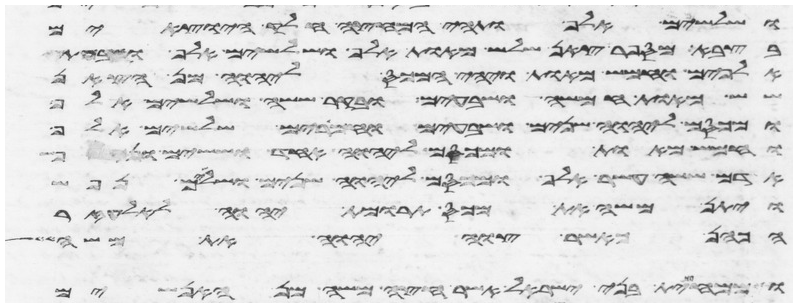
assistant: ושלשים אלף ותהי המחצה חלק היוצאים
בצבא מספר צאן שלש מאות אלף ושלשים אלף ושבעת
אלפים וחמש מאות ויהי המכס ליהוה מן הצאן
שש מאות חמשה ושבעים ובקר ששה ושלשים אלף
ומכסם ליהוה שנים ושבעים וחמרים שלשים אלף
וחמש מאות ומכסם ליהוה אחד וששים
אדם ששה עשר אלף ומכסם ליהוה שנים ושלשים נפש
ויתן משה את מכס תרומת יהוה לאלעזר
הכהן כאשר צוה יהוה את משה
וממחצית בני ישראל אשר חצה משה מן האנשים